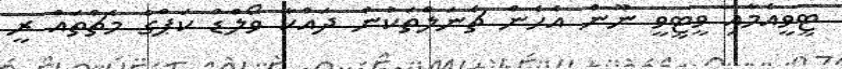
ޓީވީއެމާއި ވީޓީވީ ނޫން އެހެން ޗެނަލްތަކުން ދައްކާ ވޯލްޑް ކަޕްގެ މެޗްތައް ރީ